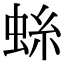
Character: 𫊺